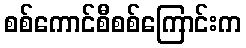
စစ်ကောင်စီစစ်ကြောင်းက